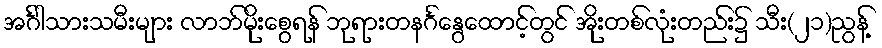
အင်္ဂါသားသမီးများ လာဘ်မိုးစွေရန် ဘုရားတနင်္ဂနွေထောင့်တွင် အိုးတစ်လုံးတည်း၌ သီး(၂၁)ညွန့်